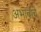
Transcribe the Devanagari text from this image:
अभावांचे